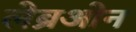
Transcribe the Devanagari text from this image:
लेब्रओन